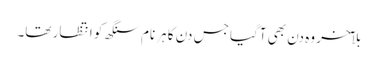
بلآخر وہ دن بھی آگیا جس دن کا ہرنام سنگھ کو انتظار تھا۔